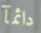
دائمآ